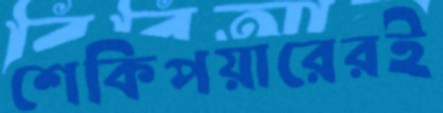
শেকিপয়ারেরই